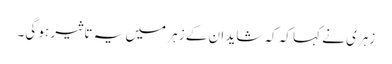
زہری نے کہا کہ کہ شاید ان کے زہر میں یہ تاثیر ہو گی۔